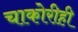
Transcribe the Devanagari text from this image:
चाकोरीही